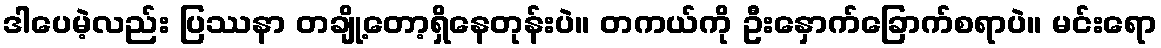
ဒါပေမဲ့လည်း ပြဿနာ တချို့တော့ရှိနေတုန်းပဲ။ တကယ်ကို ဦးနှောက်ခြောက်စရာပဲ။ မင်းရော